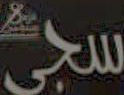
سجى